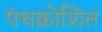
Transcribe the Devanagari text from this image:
पंचक्रोशित